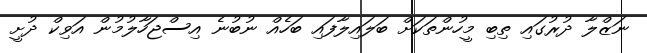
ނަޒްލާ ދުރުގައި ތިބި މީހުންތަކަށް ބަލައިލާފައި ބަހެއް ނުބުނެ އިސްޖަހާލުމުން އަވިކް ދުށީ